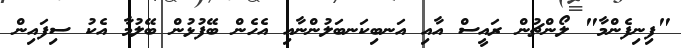
"ފިނިފެންމާ" ލޯންޗުން ރައީސް އާއި އަނބިކަނބަލުންނާއި އެހެން ބޭފުޅުން ބޭލުމާ އެކު ސިފައިން